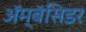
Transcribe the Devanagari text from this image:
अॅम्बॅसिडर